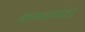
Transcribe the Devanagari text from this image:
बामनमोळा